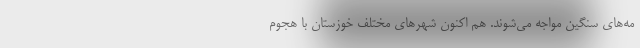
مه‌های سنگین مواجه می‌شوند. هم اکنون شهرهای مختلف خوزستان با هجوم